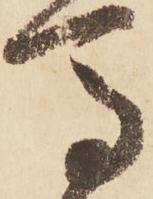
馬